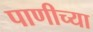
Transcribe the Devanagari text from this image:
पाणीच्या